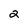
Character: 2